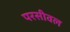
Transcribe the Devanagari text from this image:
परसीवल